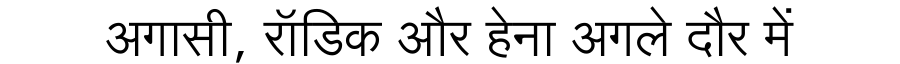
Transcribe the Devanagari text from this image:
अगासी, रॉडिक और हेना अगले दौर में